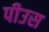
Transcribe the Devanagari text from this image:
पीउस